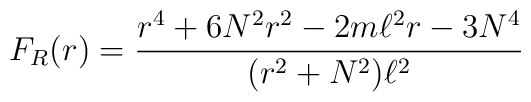
F_{R}(r)=\frac{r^{4}+6N^{2}r^{2}-2m\ell ^{2}r-3N^{4}}{(r^{2}+N^{2})\ell ^{2}}